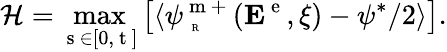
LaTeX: \mathcal{H}=\operatorname*{max}_{\mathrm{~s~}\in\left[0,\mathrm{~t~}\right]}\left[\langle{\psi_{\mathrm{~\tiny~R~}}^{\mathrm{~m~+~}}({\mathbf E}^{\mathrm{~e~}},\xi)-\psi^{*}/{2}}\rangle\right].